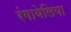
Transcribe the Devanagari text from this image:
रंगाबेलिया